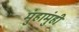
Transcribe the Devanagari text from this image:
मुंहामुंही